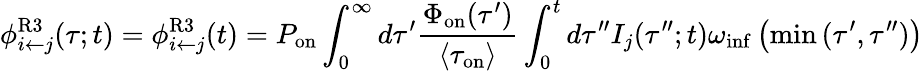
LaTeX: \phi_{i\leftarrow j}^{\mathrm{R3}}(\tau;t)=\phi_{i\leftarrow j}^{\mathrm{R3}}(t)=P_{\mathrm{on}}\int_{0}^{\infty}d\tau^{\prime}\frac{\Phi_{\mathrm{on}}(\tau^{\prime})}{\langle\tau_{\mathrm{on}}\rangle}\int_{0}^{t}d\tau^{\prime\prime}I_{j}(\tau^{\prime\prime};t)\omega_{\mathrm{inf}}\left(\operatorname*{min}{(\tau^{\prime},\tau^{\prime\prime})}\right)